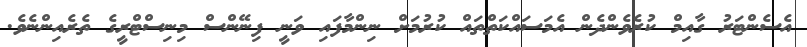
އެސެންޓަރު ގާއިމް ކުރެވެންދެން އެމަސައްކަތްތައް ކުރުމަށް ނިންމާފައި ވަނީ ފިނޭންސް މިނިސްޓްރީގެ ތެރެއިންނެވެ.